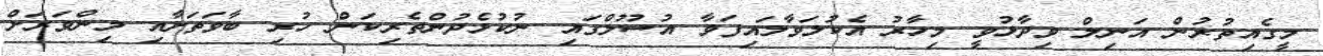
މީގެއިތުރުން އަނިލް ވިދާޅުވީ މިހާރު އެކުލަވާލައިފަވާ އުސޫލްގައި ނުކުޅެދުންތެރިކަން ހުރި ބާވަތަށާއި މިންވަރަށް